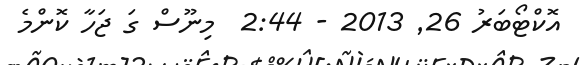
އޮކްޓޯބަރު 26